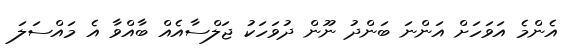
އެންމެ އަވަހަށް އަންނަ ބަންދު ނޫން ދުވަހަކު ޖަލްސާއެއް ބާއްވާ އެ މައްސަލަ